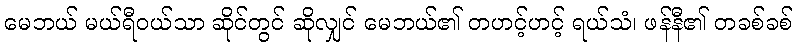
မေဘယ် မယ်ရီဝယ်သာ ဆိုင်တွင် ဆိုလျှင် မေဘယ်၏ တဟင့်ဟင့် ရယ်သံ၊ ဖန်နီ၏ တခစ်ခစ်